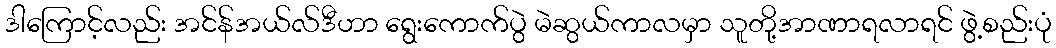
ဒါကြောင့်လည်း အင်န်အယ်လ်ဒီဟာ ရွေးကောက်ပွဲ မဲဆွယ်ကာလမှာ သူတို့အာဏာရလာရင် ဖွဲ့စည်းပုံ